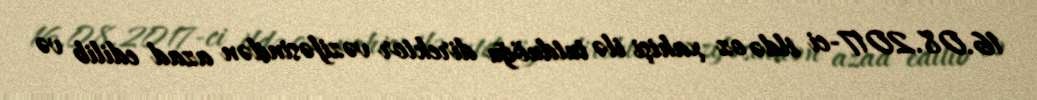
16.08.2017-ci ildə oz xahişi ilə tutduöğu direktor vəzifəsindən azad edilib və